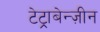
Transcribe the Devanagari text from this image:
टेट्राबेन्ज़ीन